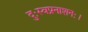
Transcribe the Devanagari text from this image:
दुःस्वप्ननाशनः।